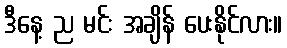
ဒီနေ့ ည မင်း အချိန် ပေးနိုင်လား။